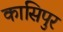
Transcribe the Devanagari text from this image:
कासिपुर